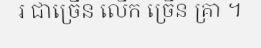
រ ជាច្រើន លើក ច្រើន គ្រា ។